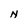
Character: N